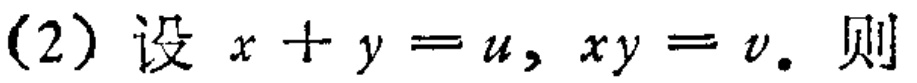
(2) 设 \(x + y = u, xy = v.\) 则